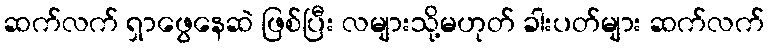
ဆက်လက် ရှာဖွေနေဆဲ ဖြစ်ပြီး လများသို့မဟုတ် ခါးပတ်များ ဆက်လက်